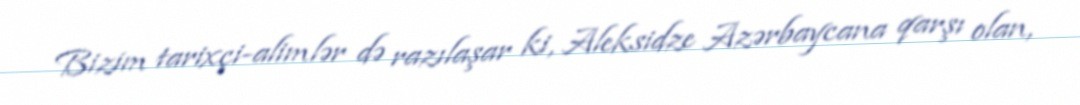
Bizim tarixçi-alimlər də razılaşar ki, Aleksidze Azərbaycana qarşı olan,